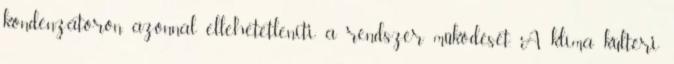
kondenzátoron azonnal ellehetetleníti a rendszer működését. A klíma kültéri